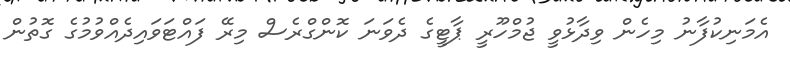
އެމަނިކުފާނު މިހެން ވިދާޅުވީ ޖުމްހޫރީ ޕާޓީގެ ދެވަނަ ކޮންގްރެސް މިރޭ ފައްޓަވައިދެއްވުމުގެ ގޮތުން